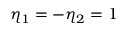
\eta _ { 1 } = - \eta _ { 2 } = 1